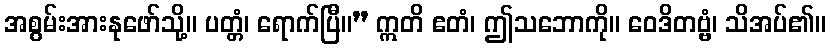
အစွမ်းအားနုဖော်သို့။ ပတ္တံ၊ ရောက်ပြီ။” ဣတိ ဧတံ၊ ဤသဘောကို။ ဝေဒိတဗ္ဗံ၊ သိအပ်၏။